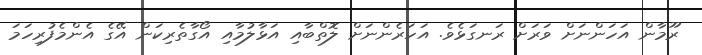
ރޫމާން އަހަންނަށް ވަރަށް ރަނގަޅެވެ. އަހަރެންނަށް ލޮތްބާއި އަޅާލުމާއި އޯގާތެރިކަން އޭގެ އެންމެފުރިހަމަ